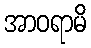
အာဝရာမိ